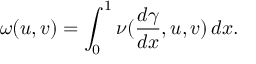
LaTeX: \omega ( u , v ) = \int _ { 0 } ^ { 1 } \nu ( \frac { d \gamma } { d x } , u , v ) \, d x .